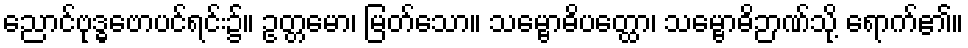
ညောင်ဗုဒ္ဓဗောပင်ရင်း၌။ ဥတ္တမော၊ မြတ်သော။ သမ္ဗောဓိပတ္ထော၊ သမ္ဗောဓိဉာဏ်သို့ ရောက်၏။